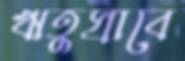
ঋতুস্রাবে